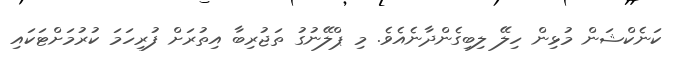
ކަނެކްޝަން މުޅިން ހިލޭ ލިބިގެންދާނެއެވެ. މި ޕްލޭނުގު ތަޖުރިބާ އިތުރަށް ފުރިހަމަ ކުރުމަށްޓަކައި